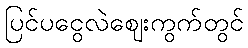
ပြင်ပငွေလဲဈေးကွက်တွင်